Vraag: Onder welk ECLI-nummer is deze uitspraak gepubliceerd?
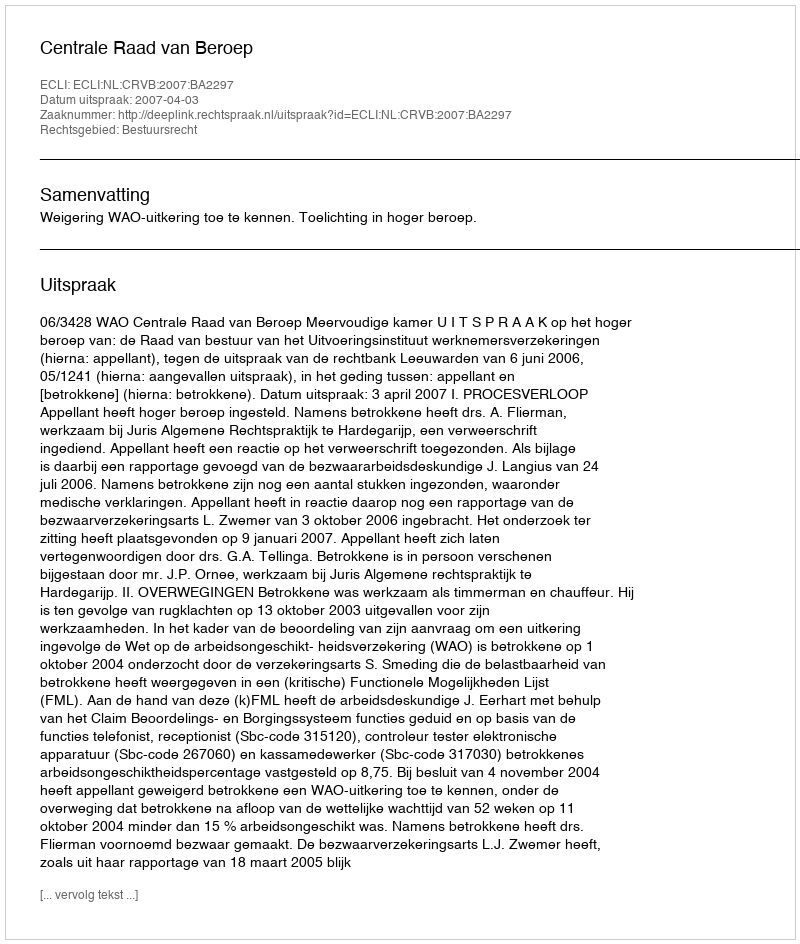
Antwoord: ECLI:NL:CRVB:2007:BA2297